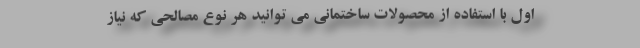
اول با استفاده از محصولات ساختمانی می توانید هر نوع مصالحی که نیاز